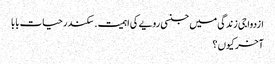
ازدواجی زندگی میں جنسی رویے کی اہمیت . سکندر حیات بابا
آخر کیوں ؟